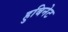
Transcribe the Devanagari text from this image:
हुबिनेट